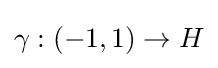
\gamma :(-1,1)\to H